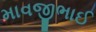
માવજીભાઈ